Civil Veterinary Department Bihar & Orissa reports 1922-29 - 1922-1929
Year: 1922
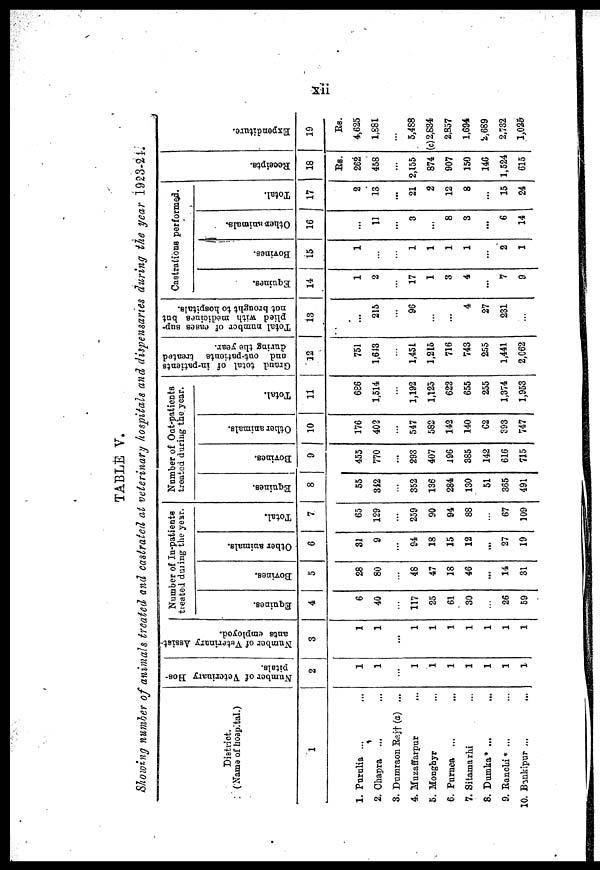
TABLE V.
Showing number of animals treated and castrated at veterinary hospitals and dispensaries during the year 1923-24.
District.
(Name of hospital.)
1
1. Purulia ...
2. Chapra
3. Dumraon Raj † (a) ...
4. Muzaffarpur
5. Monghyr
6. Purnea ...
7. Sitamarhi
8. Dumka ...
9. Ranchi
10. Bankipur ...
Number of Veterinary Hos
pitals.
2
Number of Veterinary Assist
ants employed.
3
...
Number of In-patients
treated during the year.
Equi nes .
4
6
40
117
25
61
30
26
59
Bovi nes .
5
28
80
48
47
18
46
...
14
31
■ Ot her animals.
6
31
9
94
18
15
12
...
27
19
Total.
7
65
129
259
90
94
88
67
109
Number of Oat-patients
treated during the year.
Equi nes .
8
55
312
352
136
284
130
51
365
491
Bovines.
Ot her animals.
9
10
455
770
...
293
407
196
385
142
616
715
176
402
547
582
142
140
C2
393
747
Tot al .
11
686
1,514
1,192
1,125
622
655
255
1,374
1,953
Grand total of in-patients
and out-patients treated
during the year.
12
751
1,613
1,451
1,215
716
743
255
1,441
2,C62
Total number of cases sup
plied with medicines but
not broaght to hospitals.
13
...
215
96
...
4
27
231
Castrations
performed.
Equines.
14
1
2
17
1
3
4
...
7
9
Bovines.
15
1
1
1
1
1
2
1
Ot her animals.
16
...
11
...
3
...
8
3
...
6
14
Tot al .
17
2
13
...
21
2
12
8
15
24
Recei pt s .
18
RS.
262
458
2,155
874
907
150
146
1,524
615
Expenditure
19
Rs.
4,625
1.881
5,488
(c) 2,834
2,357
1,694
2,689
2,732
1,026